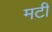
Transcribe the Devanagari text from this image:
मटी